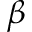
\beta